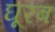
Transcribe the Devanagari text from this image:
घूरब